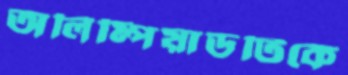
অলিম্পিয়াডটিকে